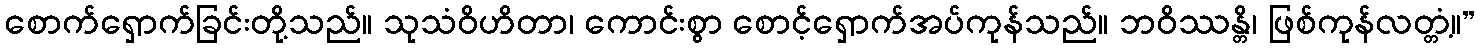
စောက်ရှောက်ခြင်းတို့သည်။ သုသံဝိဟိတာ၊ ကောင်းစွာ စောင့်ရှောက်အပ်ကုန်သည်။ ဘဝိဿန္တိ၊ ဖြစ်ကုန်လတ္တံ့။”